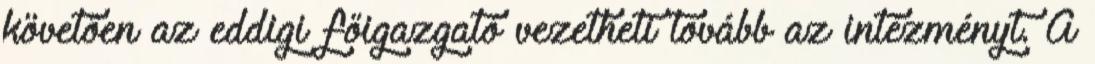
követően az eddigi főigazgató vezetheti tovább az intézményt. A